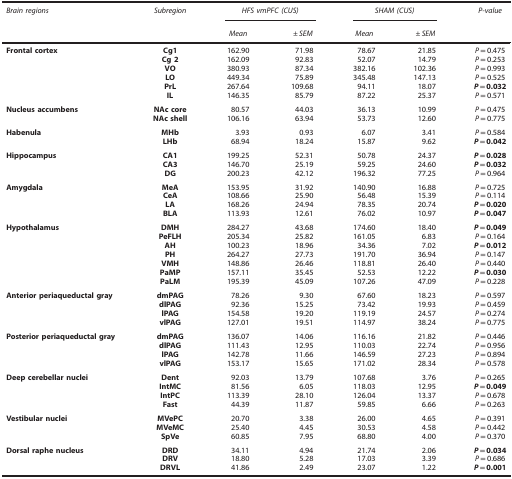
<table><thead><tr><td><b><i>Brain regions</i></b></td><td><b><i>Subregion</i></b></td><td colspan="2"><b><i>HFS vmPFC (CUS)</i></b></td><td colspan="2"><b><i>SHAM (CUS)</i></b></td><td><b><i>P-value</i></b></td></tr><tr><td><b> </b></td><td><b> </b></td><td><b><i>Mean</i></b></td><td><b><i>±SEM</i></b></td><td><b><i>Mean</i></b></td><td><b><i>±SEM</i></b></td><td><b> </b></td></tr></thead><tbody><tr><td><b>Frontal cortex</b></td><td><b>Cg1</b></td><td>162.90</td><td>71.98</td><td>78.67</td><td>21.85</td><td><i>P</i>=0.475</td></tr><tr><td> </td><td><b>Cg 2</b></td><td>162.09</td><td>92.83</td><td>52.07</td><td>14.79</td><td><i>P</i>=0.253</td></tr><tr><td> </td><td><b>VO</b></td><td>380.93</td><td>87.34</td><td>382.16</td><td>102.36</td><td><i>P</i>=0.993</td></tr><tr><td> </td><td><b>LO</b></td><td>449.34</td><td>75.89</td><td>345.48</td><td>147.13</td><td><i>P</i>=0.525</td></tr><tr><td> </td><td><b>PrL</b></td><td>267.64</td><td>109.68</td><td>94.11</td><td>18.07</td><td><i><b>P</b></i><b>=0.032</b></td></tr><tr><td> </td><td><b>IL</b></td><td>146.35</td><td>85.79</td><td>87.22</td><td>25.37</td><td><i>P</i>=0.571</td></tr><tr><td><b>Nucleus accumbens</b></td><td><b>NAc core</b></td><td>80.57</td><td>44.03</td><td>36.13</td><td>10.99</td><td><i>P</i>=0.475</td></tr><tr><td> </td><td><b>NAc shell</b></td><td>106.16</td><td>63.94</td><td>53.73</td><td>12.60</td><td><i>P</i>=0.775</td></tr><tr><td><b>Habenula</b></td><td><b>MHb</b></td><td>3.93</td><td>0.93</td><td>6.07</td><td>3.41</td><td><i>P</i>=0.584</td></tr><tr><td> </td><td><b>LHb</b></td><td>68.94</td><td>18.24</td><td>15.87</td><td>9.62</td><td><i><b>P</b></i><b>=0.042</b></td></tr><tr><td><b>Hippocampus</b></td><td><b>CA1</b></td><td>199.25</td><td>52.31</td><td>50.78</td><td>24.37</td><td><i><b>P</b></i><b>=0.028</b></td></tr><tr><td> </td><td><b>CA3</b></td><td>146.70</td><td>25.19</td><td>59.25</td><td>24.60</td><td><i><b>P</b></i><b>=0.032</b></td></tr><tr><td> </td><td><b>DG</b></td><td>200.23</td><td>42.12</td><td>196.32</td><td>77.25</td><td><i>P</i>=0.964</td></tr><tr><td><b>Amygdala</b></td><td><b>MeA</b></td><td>153.95</td><td>31.92</td><td>140.90</td><td>16.88</td><td><i>P</i>=0.725</td></tr><tr><td> </td><td><b>CeA</b></td><td>108.66</td><td>25.90</td><td>56.48</td><td>15.39</td><td><i>P</i>=0.114</td></tr><tr><td> </td><td><b>LA</b></td><td>168.26</td><td>24.94</td><td>78.35</td><td>20.74</td><td><i><b>P</b></i><b>=0.020</b></td></tr><tr><td> </td><td><b>BLA</b></td><td>113.93</td><td>12.61</td><td>76.02</td><td>10.97</td><td><i><b>P</b></i><b>=0.047</b></td></tr><tr><td><b>Hypothalamus</b></td><td><b>DMH</b></td><td>284.27</td><td>43.68</td><td>174.60</td><td>18.40</td><td><i><b>P</b></i><b>=0.049</b></td></tr><tr><td> </td><td><b>PeFLH</b></td><td>205.34</td><td>25.82</td><td>161.05</td><td>6.83</td><td><i>P</i>=0.164</td></tr><tr><td> </td><td><b>AH</b></td><td>100.23</td><td>18.96</td><td>34.36</td><td>7.02</td><td><i><b>P</b></i><b>=0.012</b></td></tr><tr><td> </td><td><b>PH</b></td><td>264.27</td><td>27.73</td><td>191.70</td><td>36.94</td><td><i>P</i>=0.147</td></tr><tr><td> </td><td><b>VMH</b></td><td>148.86</td><td>26.46</td><td>118.81</td><td>26.40</td><td><i>P</i>=0.440</td></tr><tr><td> </td><td><b>PaMP</b></td><td>157.11</td><td>35.45</td><td>52.53</td><td>12.22</td><td><i><b>P</b></i><b>=0.030</b></td></tr><tr><td> </td><td><b>PaLM</b></td><td>195.39</td><td>45.09</td><td>107.26</td><td>47.09</td><td><i>P</i>=0.228</td></tr><tr><td><b>Anterior periaqueductal gray</b></td><td><b>dmPAG</b></td><td>78.26</td><td>9.30</td><td>67.60</td><td>18.23</td><td><i>P</i>=0.597</td></tr><tr><td> </td><td><b>dlPAG</b></td><td>92.36</td><td>15.25</td><td>73.42</td><td>19.93</td><td><i>P</i>=0.459</td></tr><tr><td> </td><td><b>lPAG</b></td><td>154.58</td><td>19.20</td><td>119.19</td><td>24.57</td><td><i>P</i>=0.274</td></tr><tr><td> </td><td><b>vlPAG</b></td><td>127.01</td><td>19.51</td><td>114.97</td><td>38.24</td><td><i>P</i>=0.775</td></tr><tr><td><b>Posterior periaqueductal gray</b></td><td><b>dmPAG</b></td><td>136.07</td><td>14.06</td><td>116.16</td><td>21.82</td><td><i>P</i>=0.446</td></tr><tr><td> </td><td><b>dlPAG</b></td><td>111.43</td><td>12.95</td><td>110.03</td><td>22.74</td><td><i>P</i>=0.956</td></tr><tr><td> </td><td><b>lPAG</b></td><td>142.78</td><td>11.66</td><td>146.59</td><td>27.23</td><td><i>P</i>=0.894</td></tr><tr><td> </td><td><b>vlPAG</b></td><td>153.17</td><td>15.65</td><td>171.02</td><td>28.34</td><td><i>P</i>=0.578</td></tr><tr><td><b>Deep cerebellar nuclei</b></td><td><b>Dent</b></td><td>92.03</td><td>13.79</td><td>107.68</td><td>3.76</td><td><i>P</i>=0.265</td></tr><tr><td> </td><td><b>IntMC</b></td><td>81.56</td><td>6.05</td><td>118.03</td><td>12.95</td><td><i><b>P</b></i><b>=0.049</b></td></tr><tr><td> </td><td><b>IntPC</b></td><td>113.39</td><td>28.10</td><td>126.04</td><td>13.37</td><td><i>P</i>=0.678</td></tr><tr><td> </td><td><b>Fast</b></td><td>44.39</td><td>11.87</td><td>59.85</td><td>6.66</td><td><i>P</i>=0.263</td></tr><tr><td><b>Vestibular nuclei</b></td><td><b>MVePC</b></td><td>20.70</td><td>3.38</td><td>26.00</td><td>4.65</td><td><i>P</i>=0.391</td></tr><tr><td> </td><td><b>MVeMC</b></td><td>25.40</td><td>4.45</td><td>30.53</td><td>4.58</td><td><i>P</i>=0.442</td></tr><tr><td> </td><td><b>SpVe</b></td><td>60.85</td><td>7.95</td><td>68.80</td><td>4.00</td><td><i>P</i>=0.370</td></tr><tr><td><b>Dorsal raphe nucleus</b></td><td><b>DRD</b></td><td>34.11</td><td>4.94</td><td>21.74</td><td>2.06</td><td><i><b>P</b></i><b>=0.034</b></td></tr><tr><td> </td><td><b>DRV</b></td><td>18.80</td><td>5.28</td><td>17.03</td><td>3.39</td><td><i>P</i>=0.686</td></tr><tr><td> </td><td><b>DRVL</b></td><td>41.86</td><td>2.49</td><td>23.07</td><td>1.22</td><td><i><b>P</b></i><b>=0.001</b></td></tr></tbody></table>